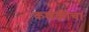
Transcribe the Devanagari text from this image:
कणकीचा